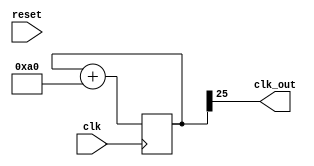
`timescale 1ns / 1ps
//////////////////////////////////////////////////////////////////////////////////
// Company: 
// Engineer: 
// 
// Design Name: 
// Module Name: clk_div_disp
// Project Name: 
// Target Devices: 
// Tool Versions: 
// Description: 
// 
// Dependencies: 
// 
// Revision:
// Revision 0.01 - File Created
// Additional Comments:
// 
//////////////////////////////////////////////////////////////////////////////////


module clk_div_disp(
    input clk,
    input reset,
    output clk_out

    );
    reg[25:0] COUNT = 0;

assign clk_out = COUNT[25];

always @(posedge clk) begin
    COUNT = COUNT + 160;
end

endmodule